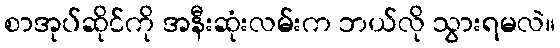
စာအုပ်ဆိုင်ကို အနီးဆုံးလမ်းက ဘယ်လို သွားရမလဲ။